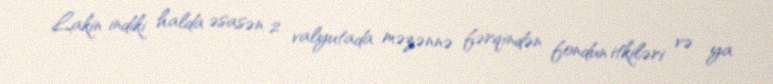
Lakin indiki halda əsasən 2 valyutada məzənnə fərqindən fondun itkiləri və ya